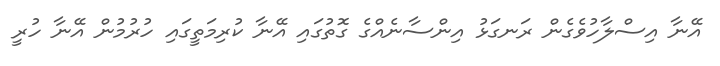
އޭނާ އިސްލާހުވެގެން ރަނގަޅު އިންސާނެއްގެ ގޮތުގައި އޭނާ ކުރިމަތީގައި ހުރުމުން އޭނާ ހުރީ